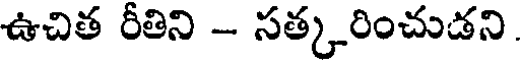
ఉచిత రీతిని - సత్కరించుడని.